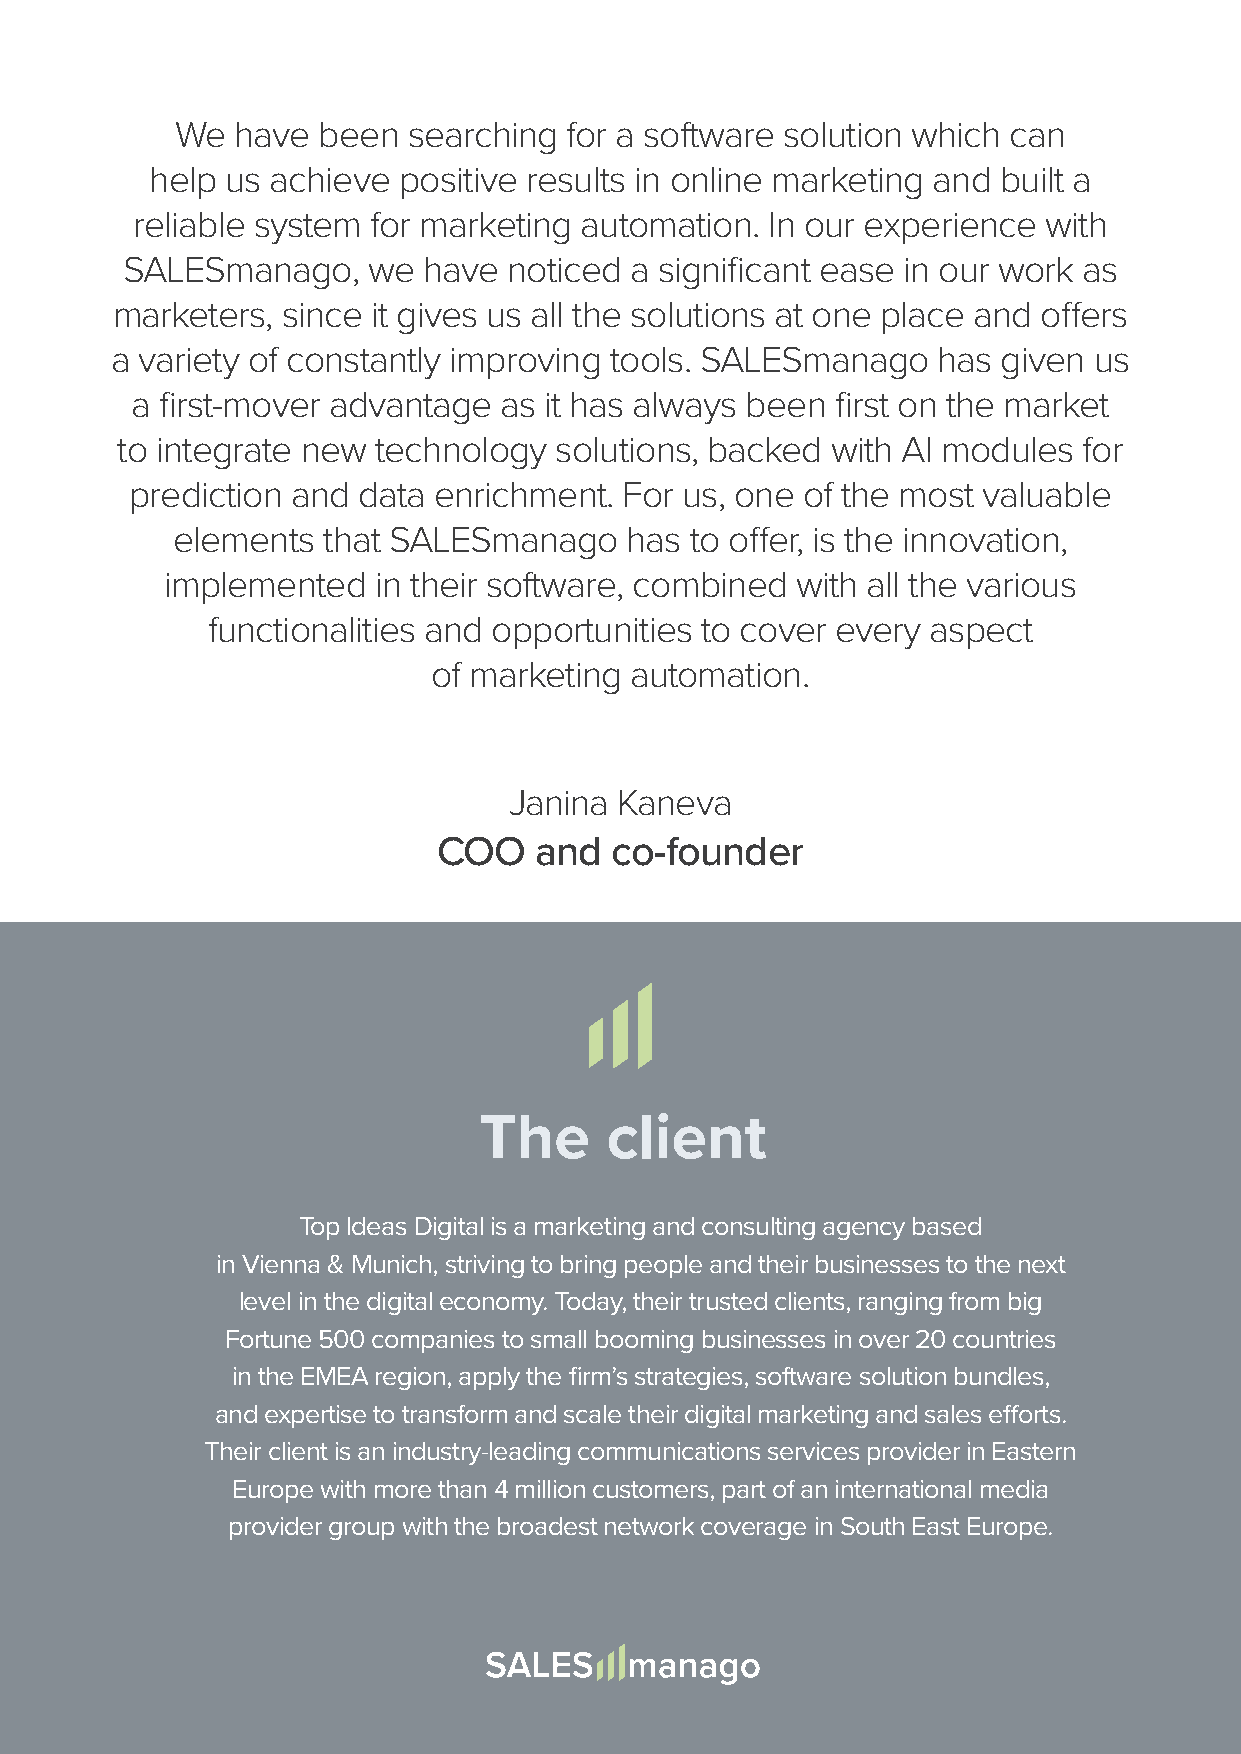
We  have been  searching for a software solution which can
 help us achieve positive results in online marketing and built a
 reliable system for marketing automation. In our experience with
 SALESmanago,    we  have  noticed a significant ease in our work as
 marketers,  since it gives us all the solutions at one place and offers
 a variety of constantly improving tools. SALESmanago   has given us
 a first-mover advantage as it has always been first on the market
 to integrate new technology  solutions, backed with AI modules  for
 prediction and data enrichment. For us, one of the most valuable
 elements  that SALESmanago    has  to offer, is the innovation,
 implemented   in their software, combined with all the various
 functionalities and opportunities to cover every aspect
 of marketing automation.
 Janina Kaneva
 COO   and  co-founder
 The     client
 Top Ideas Digital is a marketing and consulting agency based
 in Vienna & Munich, striving to bring people and their businesses to the next
 level in the digital economy. Today, their trusted clients, ranging from big
 Fortune 500 companies to small booming businesses in over 20 countries
 in the EMEA region, apply the firm’s strategies, software solution bundles,
 and expertise to transform and scale their digital marketing and sales efforts.
 Their client is an industry-leading communications services provider in Eastern
 Europe with more than 4 million customers, part of an international media
 provider group with the broadest network coverage in South East Europe.